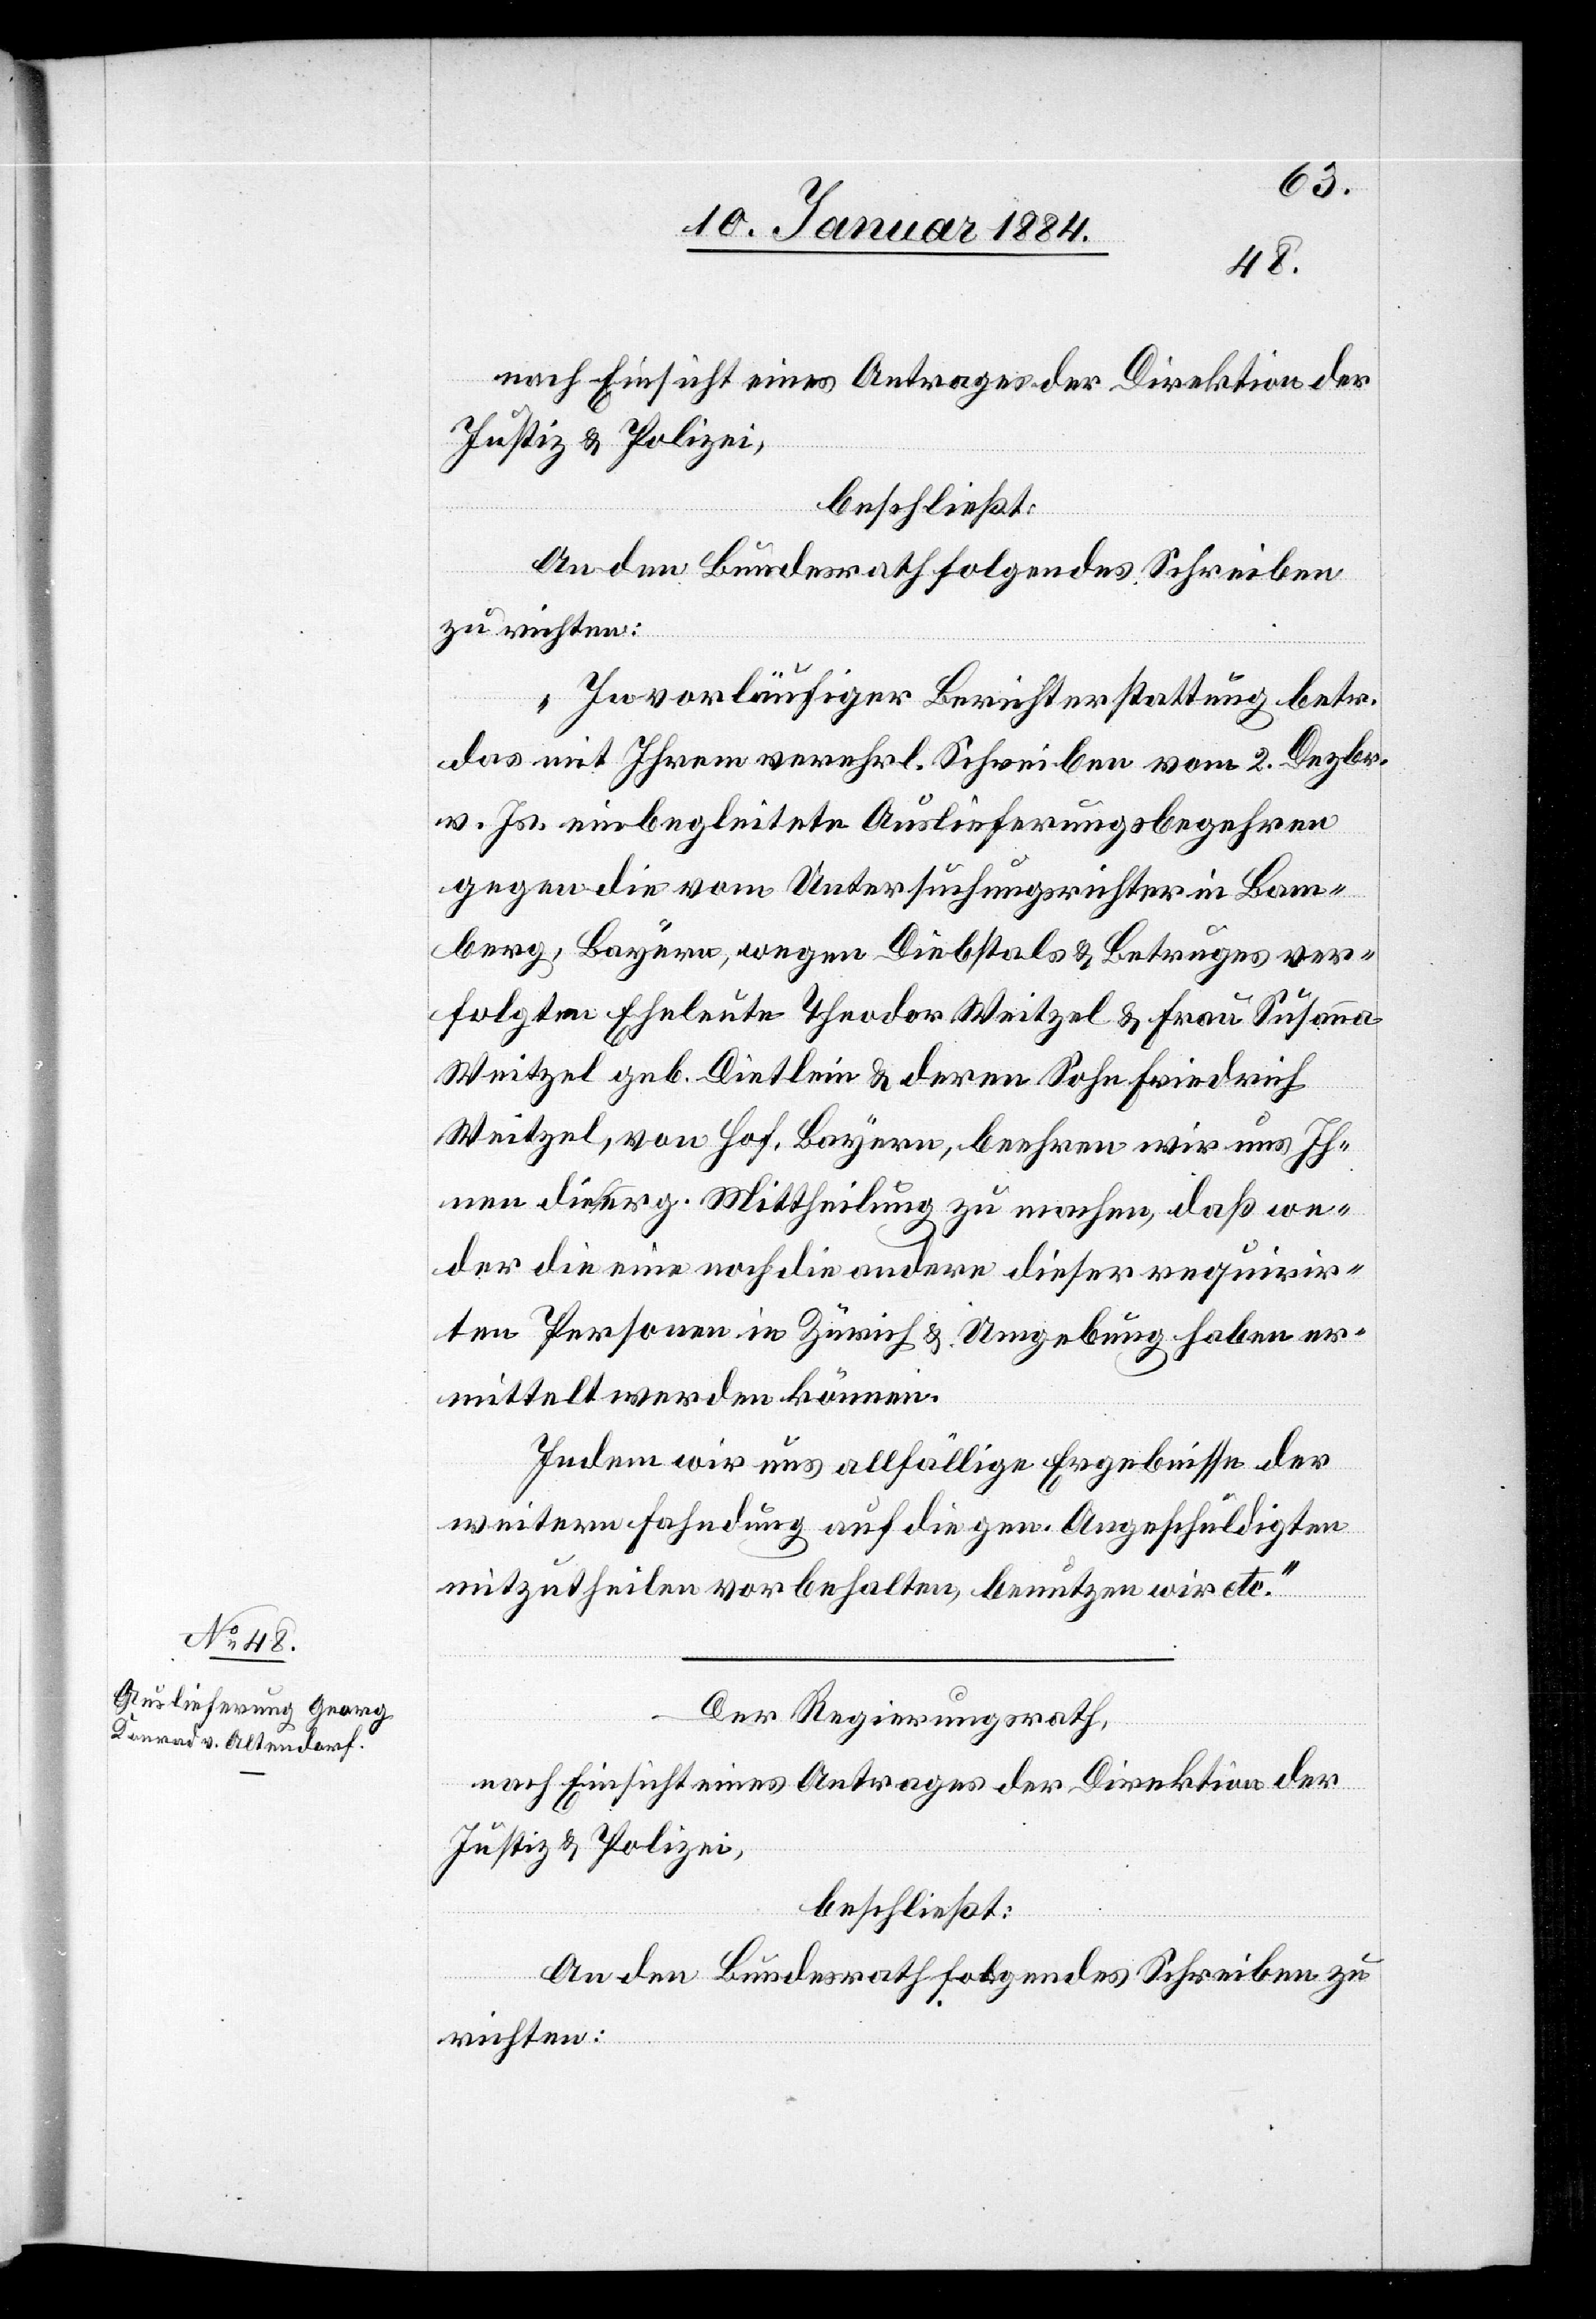
„In vorläufiger Berichterstattung betr.
das mit Ihnen verehrl. Schreiben vom 2. Dezbr.
v. Js. einbegleiteten Auslieferungsbegehren
gegen die vom Untersuchungsrichter in Bam¬
berg, Bayern [sic!], wegen Diebstals & Betruges ver¬
folgten Eheleute Theodor Weitzel & Frau Susanna
Weitzel geb. Dietlein & deren Sohn Friedrich
Weitzel, von Hof, Bayern, beehren wir uns Ih¬
nen diese g. Mitheilung zu machen, daß we¬
der die eine noch die andere dieser requirir¬
ten Personen in Zürich & Umgebung haben er¬
mittelt werden können.
Indem wir uns allfällige Ergebnisse der
weitern Fahndung auf die gen. Angeschuldigten
mitzutheilen vorbehalten, benutzen wir etc.“
Der Regierungsrath,
nach Einsicht eines Antrages der Direktion der
Justiz & Polizei,
beschließt:
An den Bundesrath folgendes Schreiben zu
richten: